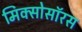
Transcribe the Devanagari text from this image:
मिक्सोसॉरस